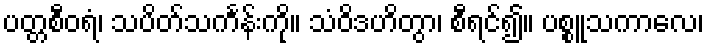
ပတ္တစီဝရံ၊ သပိတ်သင်္ကန်းကို။ သံဝိဒဟိတွာ၊ စီရင်၍။ ပစ္စူသကာလေ၊